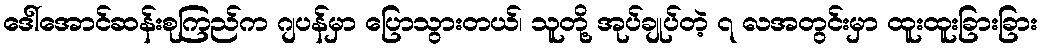
ဒေါ်အောင်ဆန်းစုကြည်က ဂျပန်မှာ ပြောသွားတယ်၊ သူတို့ အုပ်ချုပ်တဲ့ ၇ လအတွင်းမှာ ထူးထူးခြားခြား